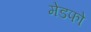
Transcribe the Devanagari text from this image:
मेडफो